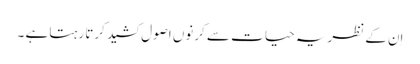
اِن کے نظریہ حیا ت سے کرنوں اصول کشید کرتا رہتا ہے ۔